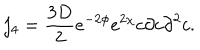
j _ { 4 } = \frac { 3 D } { 2 } e ^ { - 2 \phi } e ^ { 2 \chi } c \partial c { \partial } ^ { 2 } c .